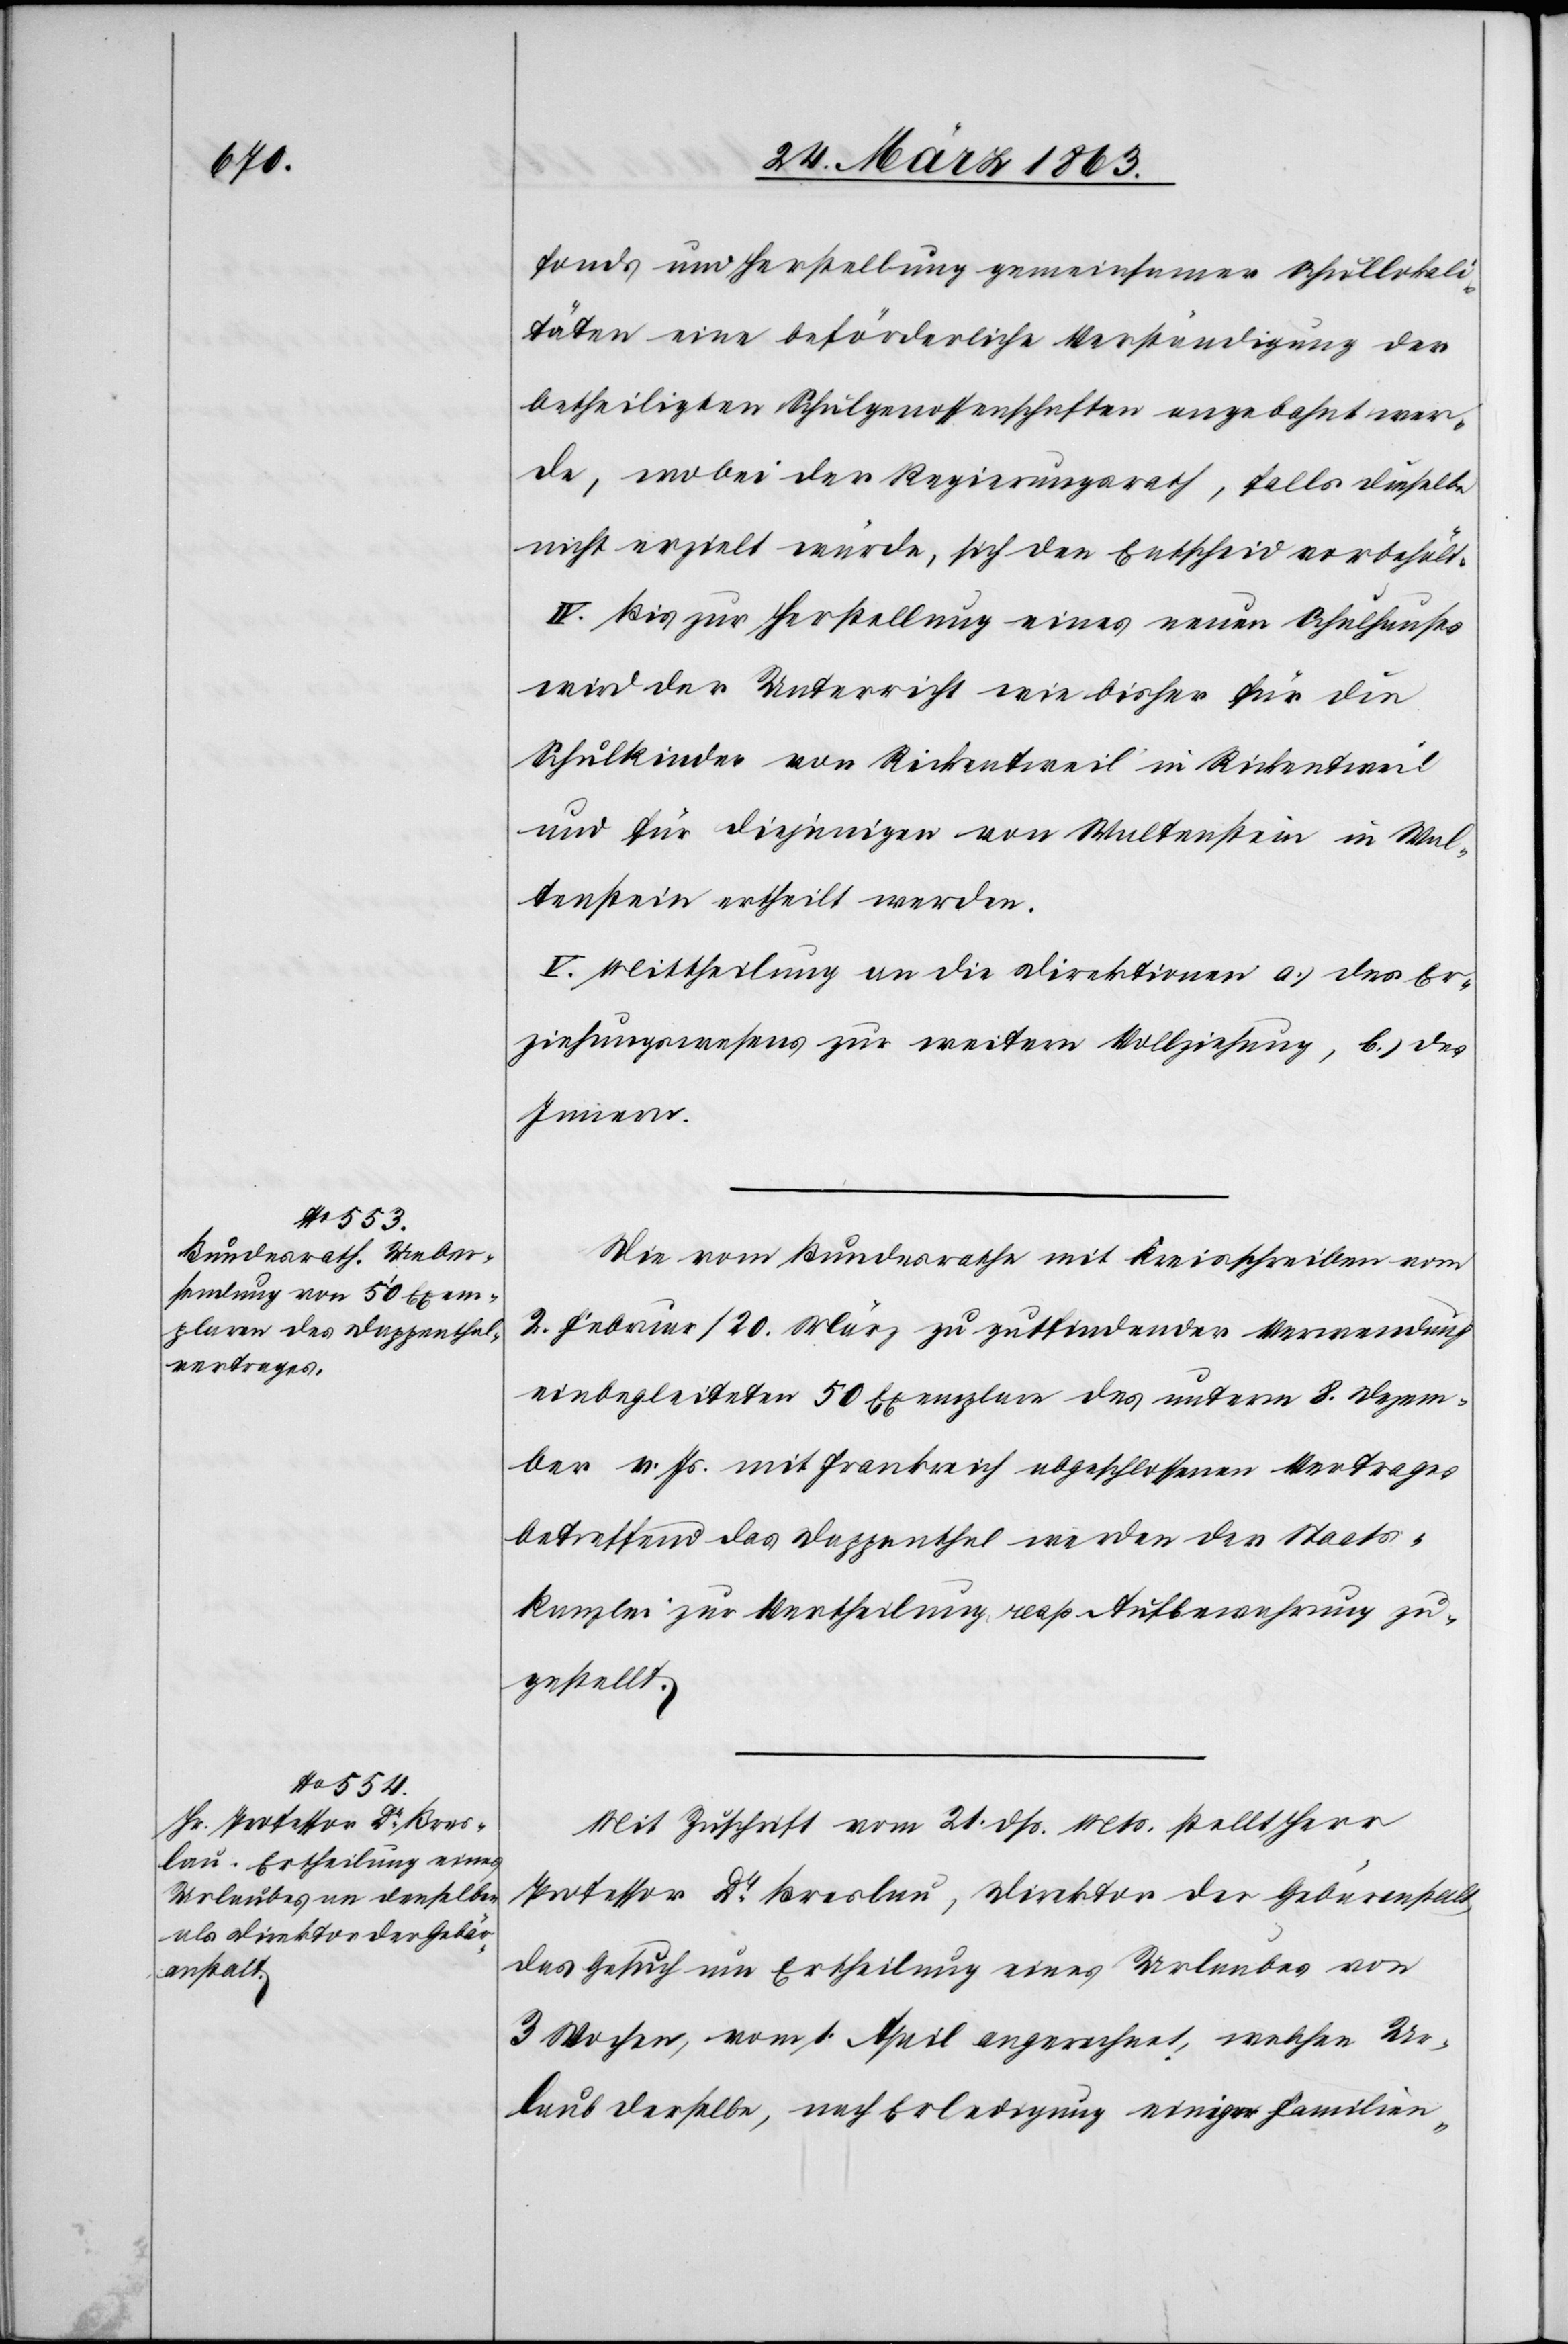
fonds und Herstellung gemeinsamer Schullokali¬
täten eine beförderliche Verständigung der
betheiligten Schulgenossenschaften angebahnt wer¬
de, wobei der Regierungsrath, falls dieselbe
nicht erzielt würde, sich den Entscheid vorbehält.
IV. Bis zur Herstellung eines neuen Schulhauses
wird der Unterricht wie bisher für die
Schulkinder von Rickentweil in Rickentweil
und für diejenigen von Waltenstein in Wal¬
tenstein ertheilt werden.
V. Mittheilung an die Direktionen a.) des Er¬
ziehungswesens zur weitern Vollziehung, b.) des
Innern.
Die vom Bundesrathe mit Kreisschreiben vom
2. Februar/20. März zu gutfindender Verwendung
einbegleiteten 50 Exemplare des unterm 8. Dezem¬
ber v. Js. mit Frankreich abgeschlossenen Vertrages
betreffend das Dappenthal werden der Staats¬
kanzlei zur Vertheilung resp. Aufbewahrung zu¬
gestellt.
Mit Zuschrift vom 21. dß. Mts. stellt Herr
Professor Dr Breslau, Direktor der Gebäranstalt,
das Gesuch um Ertheilung eines Urlaubes von
3 Wochen, vom 1. April angerechnet, welchen Ur¬
laub derselbe, nach Erledigung einiger Familien-